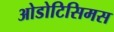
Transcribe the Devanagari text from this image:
ओडोटिसिमस